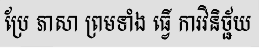
ប្រែ ភាសា ព្រមទាំង ធ្វើ ការវិនិច្ជ័យ